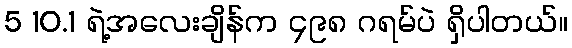
5 10.1 ရဲ့အလေးချိန်က ၄၉၈ ဂရမ်ပဲ ရှိပါတယ်။